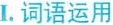
I.词语运用